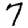
Digit: 7